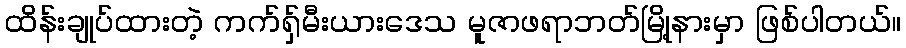
ထိန်းချုပ်ထားတဲ့ ကက်ရှ်မီးယားဒေသ မူဇာဖရာဘတ်မြို့နားမှာ ဖြစ်ပါတယ်။